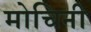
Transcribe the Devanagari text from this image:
मोचिनी